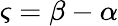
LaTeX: \varsigma=\beta-\alpha